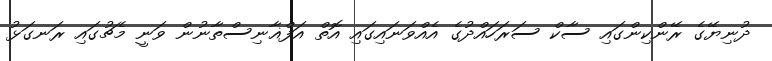
ދުނިޔޭގެ ރޭންކިންގައި ސާކް ސަރަހައްދުގެ އެއްވަނައިގައި އޮތް އަފްޣާނިސްތާނުން ވަނީ މެޗުގައި ރަނގަޅު